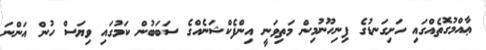
ޢާއްމުގޮތެއްގައި ހަށިގަނޑުގެ ފިނިހޫނުމިން މަތިވަނީ އިންފެކްޝަނެއްގެ ސަބަބުން ކަމުގައި ވިޔަސް ހުން އަންނަ